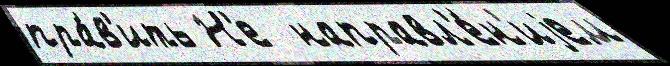
пра́в'ить Н'е  направл'е́н'иjем